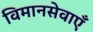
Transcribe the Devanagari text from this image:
विमानसेवाएँ